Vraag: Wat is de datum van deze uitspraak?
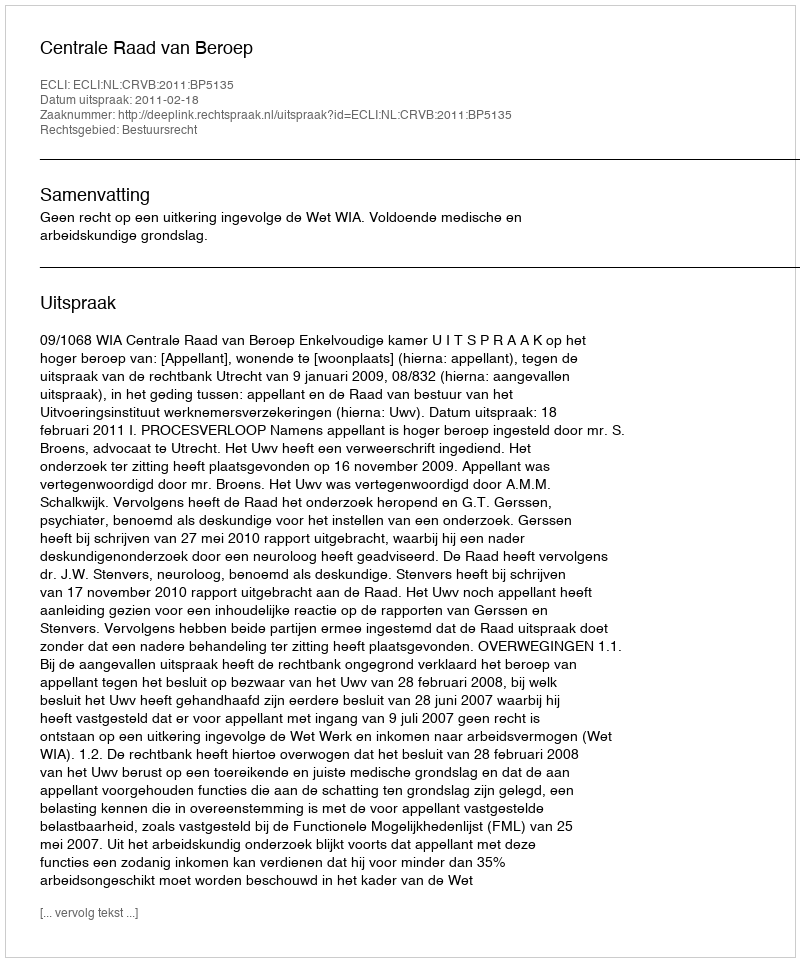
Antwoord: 2011-02-18